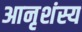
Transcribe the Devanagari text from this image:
आनृशंस्य